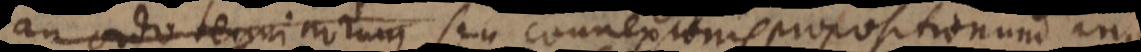
an ordo terminorum seu connexionis propositionum,